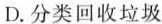
D.分类回收垃圾